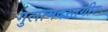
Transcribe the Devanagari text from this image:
गुलामदस्तगीर